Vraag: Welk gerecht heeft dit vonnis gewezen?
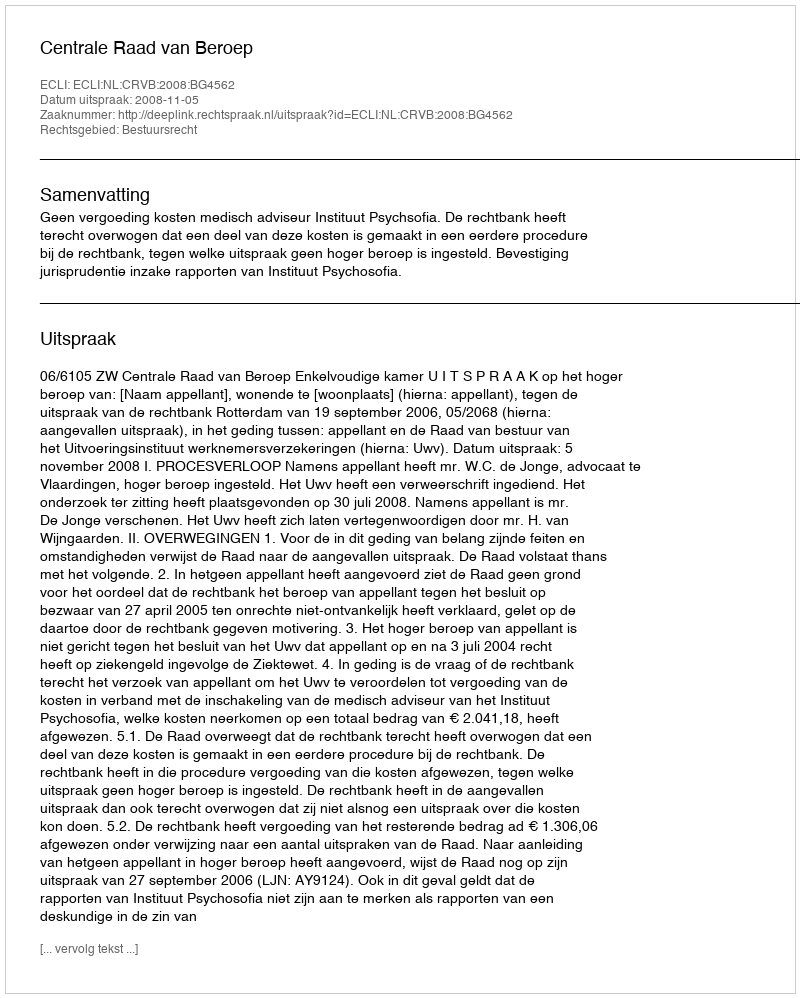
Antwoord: Centrale Raad van Beroep